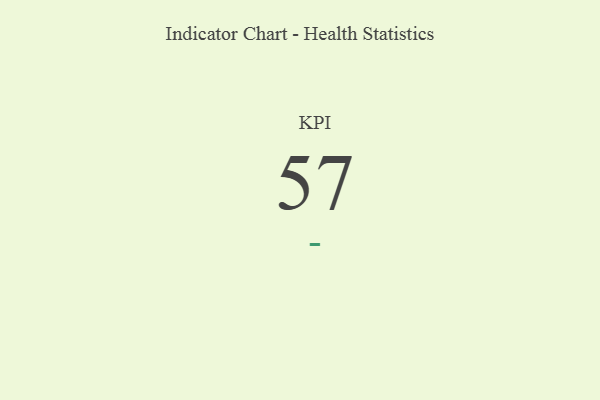
{"axis": {"x": "KPI", "y": "Value"}, "legend": [""], "data": [{"x": "KPI", "y": 57, "type": ""}]}